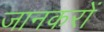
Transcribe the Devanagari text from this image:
जानकरों